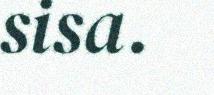
sisa.